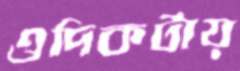
ওদিকটায়